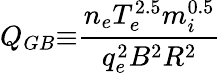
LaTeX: Q_{GB}{\equiv}\frac{n_{e}T_{e}^{2.5}m_{i}^{0.5}}{q_{e}^{2}B^{2}R^{2}}